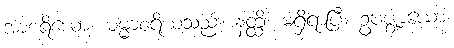
အာစရိယော၊ ဓမ္မာစရိယသည်။ နတ္ထိ၊ မရှိရာပြီ။ ဥပဇ္ဈာယော၊